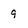
Character: 9